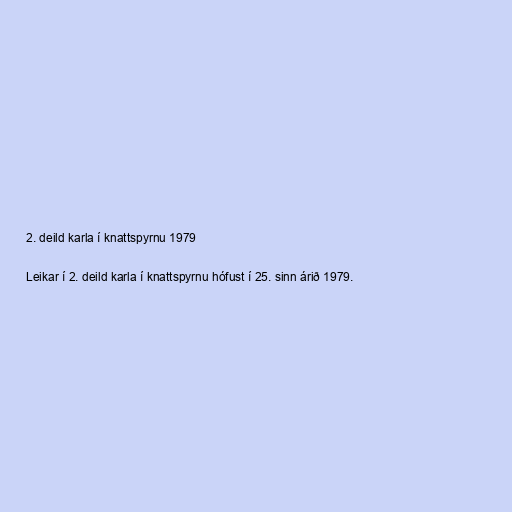
2. deild karla í knattspyrnu 1979

Leikar í 2. deild karla í knattspyrnu hófust í 25. sinn árið 1979.